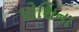
પોશિના